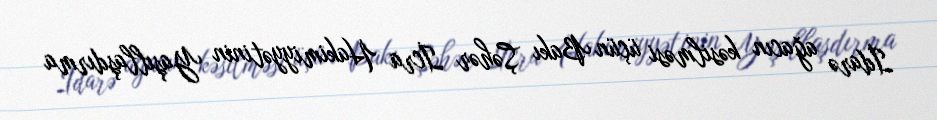
İdarə ağacın kəsilməsi üçün Bakı Şəhər İcra Hakimiyyətinin Yaşıllaşdırma